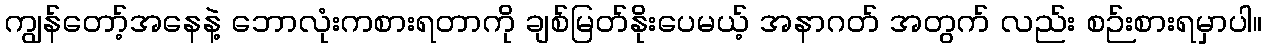
ကျွန်တော့်အနေနဲ့ ဘောလုံးကစားရတာကို ချစ်မြတ်နိုးပေမယ့် အနာဂတ် အတွက် လည်း စဉ်းစားရမှာပါ။